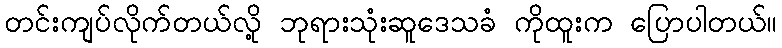
တင်းကျပ်လိုက်တယ်လို့ ဘုရားသုံးဆူဒေသခံ ကိုထူးက ပြောပါတယ်။